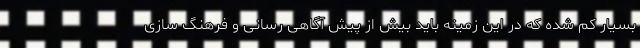
بسیار کم شده که در این زمینه باید بیش از پیش آگاهی رسانی و فرهنگ سازی